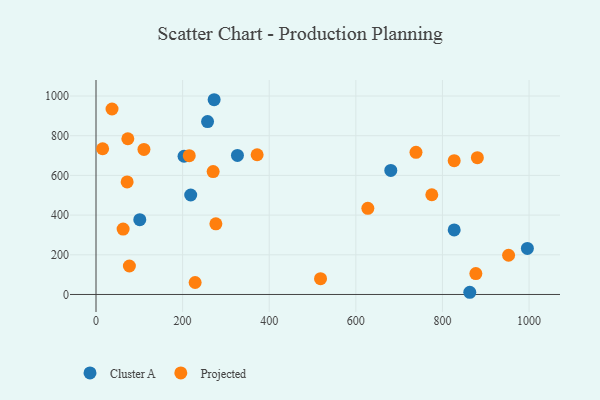
{"axis": {"x": "Study Hours", "y": "Exam Score"}, "legend": ["Cluster A", "Projected"], "data": [{"x": "218.7", "y": 501.2, "type": "Cluster A"}, {"x": "680.7", "y": 625.0, "type": "Cluster A"}, {"x": "257.6", "y": 871.1, "type": "Cluster A"}, {"x": "203.3", "y": 696.6, "type": "Cluster A"}, {"x": "827.1", "y": 325.2, "type": "Cluster A"}, {"x": "996.1", "y": 232.0, "type": "Cluster A"}, {"x": "101.1", "y": 377.1, "type": "Cluster A"}, {"x": "863.1", "y": 11.1, "type": "Cluster A"}, {"x": "272.8", "y": 981.4, "type": "Cluster A"}, {"x": "326.6", "y": 700.8, "type": "Cluster A"}, {"x": "877.1", "y": 105.1, "type": "Projected"}, {"x": "110.7", "y": 730.8, "type": "Projected"}, {"x": "372.1", "y": 704.1, "type": "Projected"}, {"x": "62.6", "y": 329.4, "type": "Projected"}, {"x": "15.3", "y": 734.4, "type": "Projected"}, {"x": "827.1", "y": 674.2, "type": "Projected"}, {"x": "880.6", "y": 689.4, "type": "Projected"}, {"x": "77.1", "y": 143.4, "type": "Projected"}, {"x": "518.5", "y": 79.7, "type": "Projected"}, {"x": "71.9", "y": 567.1, "type": "Projected"}, {"x": "73.5", "y": 784.8, "type": "Projected"}, {"x": "215.3", "y": 699.5, "type": "Projected"}, {"x": "627.7", "y": 434.1, "type": "Projected"}, {"x": "228.9", "y": 60.4, "type": "Projected"}, {"x": "775.4", "y": 502.5, "type": "Projected"}, {"x": "738.9", "y": 716.1, "type": "Projected"}, {"x": "276.8", "y": 355.9, "type": "Projected"}, {"x": "270.5", "y": 619.4, "type": "Projected"}, {"x": "952.7", "y": 197.8, "type": "Projected"}, {"x": "37.0", "y": 934.6, "type": "Projected"}]}